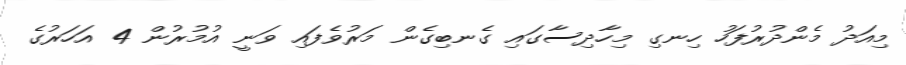
މިއަދު މެންދުރުފަހު ހިނގި މިހާދިސާގައި ގެނބިގެން މަރުވެފައި ވަނީ އުމުރުން 4 އަހަރުގެ